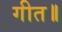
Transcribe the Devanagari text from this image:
गीत॥